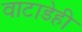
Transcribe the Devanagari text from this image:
वाटाडेही